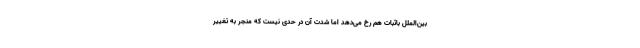
بین‌الملل باثبات هم رخ می‌دهد اما شدت آن در حدی نیست که منجر به تغییر